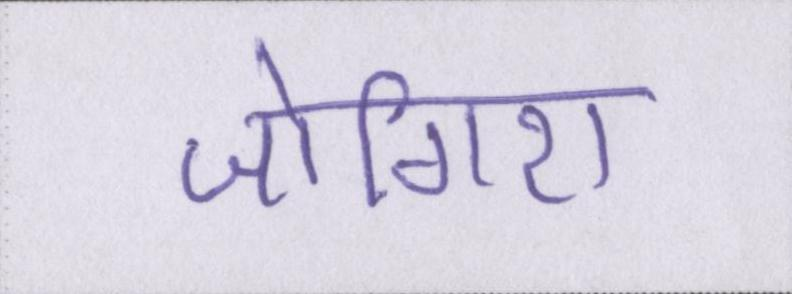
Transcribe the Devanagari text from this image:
जोगिरा